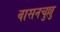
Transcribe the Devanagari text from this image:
वासनचुल्लु